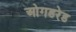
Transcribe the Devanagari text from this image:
ओगडरेड